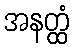
အနတ္ထံ